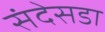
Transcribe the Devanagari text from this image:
संदेसडा